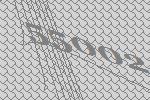
55002